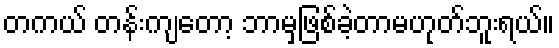
တကယ် တန်းကျတော့ ဘာမှဖြစ်ခဲ့တာမဟုတ်ဘူးရယ်။